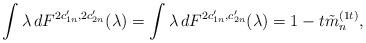
LaTeX: \begin{align*} \int\lambda \,dF^{2c_{1n}',2c_{2n}'}(\lambda)=\int\lambda\,dF^{2c_{1n}',c_{2n}'}(\lambda)=1-t\tilde{m}_n^{(1t)},\end{align*}